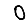
Digit: 0